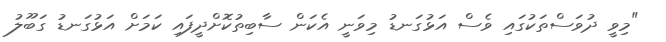
"މިވީ ދުވަސްތަކުގައި ވެސް އަޅުގަނޑު މިވަނީ އެކަން ސާބިތުކޮށްދީފައި ކަމަށް އަޅުގަނޑު ގަބޫލު